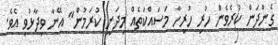
ގެންދަން ކުރެވެން ހުރި ހުރިހާ މަސައްކަތެއް މިދަނީ ކުރަމުން" އޭނާ ވިދާޅުވި އެވެ.